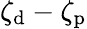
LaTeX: \zeta_{\mathrm{d}}-\zeta_{\mathrm{p}}